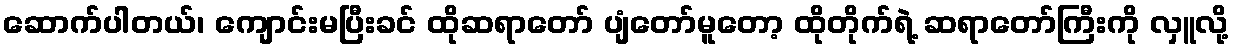
ဆောက်ပါတယ်၊ ကျောင်းမပြီးခင် ထိုဆရာတော် ပျံတော်မူတော့ ထိုတိုက်ရဲ့ ဆရာတော်ကြီးကို လှူလို့